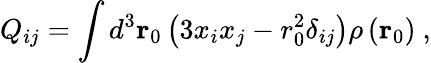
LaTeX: Q_{ij}=\int d^{3}\mathbf{r}_{0}\left(3x_{i}x_{j}-r_{0}^{2}\delta_{ij}\right)\rho\left(\mathbf{r}_{0}\right)\ ,